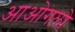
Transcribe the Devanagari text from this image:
आओगलो